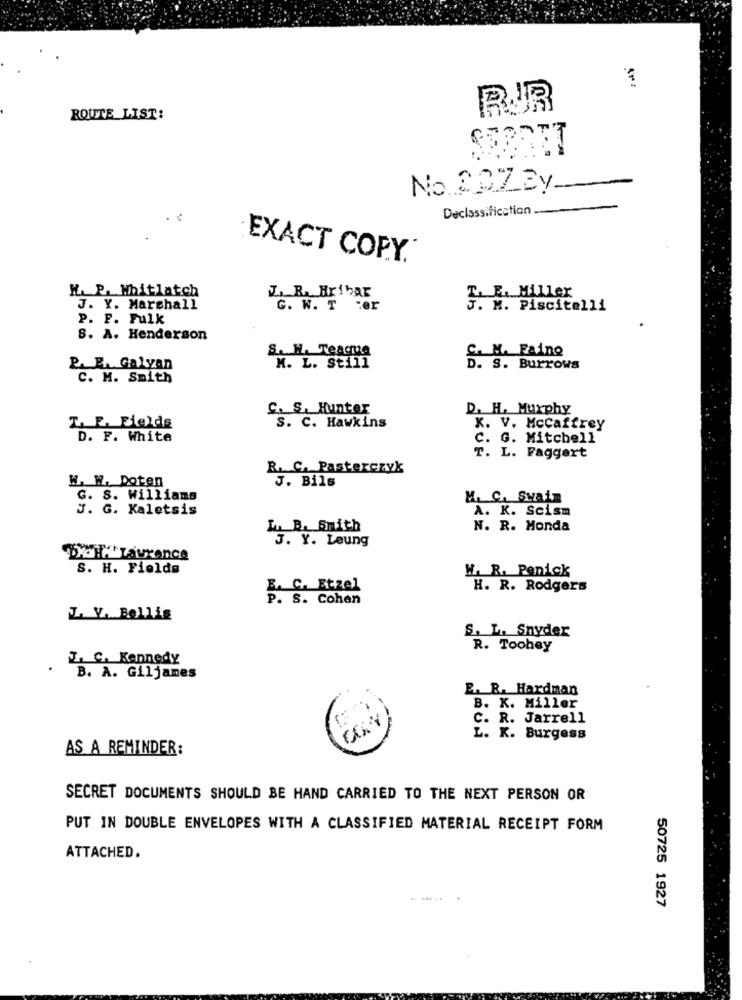
BIR
ROUTE_LIST:
E. .. .
No.2PZBy
-
Declassification.
...
EXACT COPY.
K. P. Whitlatch
Z. R. Hribar
T. E. Miller
J. Y. Marshall
G. W. T :er
J. M. Piscitelli
P. F. Fulk
S. A. Henderson
S. H. Teacute
M. Faino
P. B. Galyan
M. L. Still
p. S. Burrows
C. M. Smith
C. S. Hunter
D. H. Murphy
L. E. Fields
S. C. Hawkins
X. V. Mccaffrey
D. F. White
C. G. Mitchell
T. L. Faggert
R. C. Pasterczyk
W. W. Doten
J. Bils
G. S. Williams
M. C. Svain
J. G. Kaletsis
A. K. Scism
.B. Smith
N. R. Monda
. Y. Leung
S. H. Fields
W. R. Penick
E. C. Etzel
H. R. Rodgers
P. S. Cohen
Z Y. Bellig
S. L. Snyder
R. Toohey
Z. C. Kennedy
B. A. Giljames
E. R. Hardman
B. K. Miller
CORY
C. R. Jarrell
L. K. Burgess
AS A REMINDER:
SECRET DOCUMENTS SHOULD BE HAND CARRIED TO THE NEXT PERSON OR
PUT IN DOUBLE ENVELOPES WITH A CLASSIFIED MATERIAL RECEIPT FORM
ATTACHED.
50725 1927